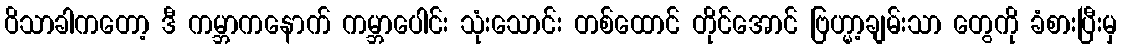
ဝိသာခါကတော့ ဒီ ကမ္ဘာကနောက် ကမ္ဘာပေါင်း သုံးသောင်း တစ်ထောင် တိုင်အောင် ဗြဟ္မာ့ချမ်းသာ တွေကို ခံစားပြီးမှ